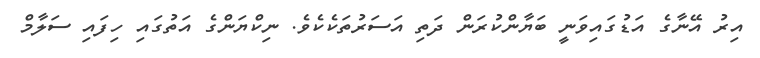
އިރު އޭނާގެ އަޑުގައިވަނީ ބަޔާންކުރަން ދަތި އަސަރުތަކެކެވެ. ނިކްޔަންގެ އަތުގައި ހިފައި ސަލާމް